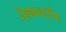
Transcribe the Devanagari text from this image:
डेक्कनवरील